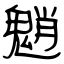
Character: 魈